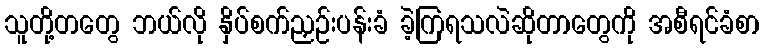
သူတို့တတွေ ဘယ်လို နှိပ်စက်ညှဉ်းပန်းခံ ခဲ့ကြရသလဲဆိုတာတွေကို အစီရင်ခံစာ